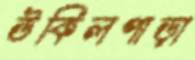
উকিলপাড়া